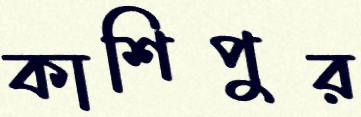
কাশিপুর